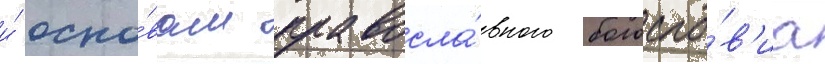
и́ осно́вам правосла́вного богосло́в'иа